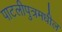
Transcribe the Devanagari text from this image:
पाटलीपुत्रमधील